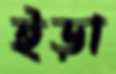
ইড়া